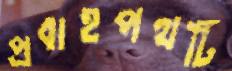
প্রবাহপথটি